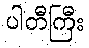
ပါတီကြီး